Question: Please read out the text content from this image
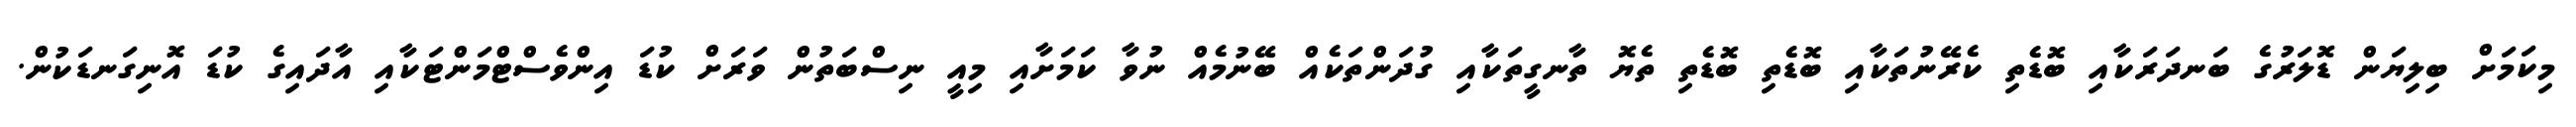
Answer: މިކަމަށް ބިލިޔަން ޑޮލަރުގެ ބަނދަރަކާއި ބޮޑެތި ކެރޭނުތަކާއި ބޮޑެތި ބޮޑެތި ތެޔޮ ތާނގީތަކާއި ގުދަންތަކެއް ބޭނުމެއް ނުވާ ކަމަށާއި މިއީ ނިސްބަތުން ވަރަށް ކުޑަ އިންވެސްޓްމަންޓަކާއި އާދައިގެ ކުޑަ އޮނިގަނޑަކުން.